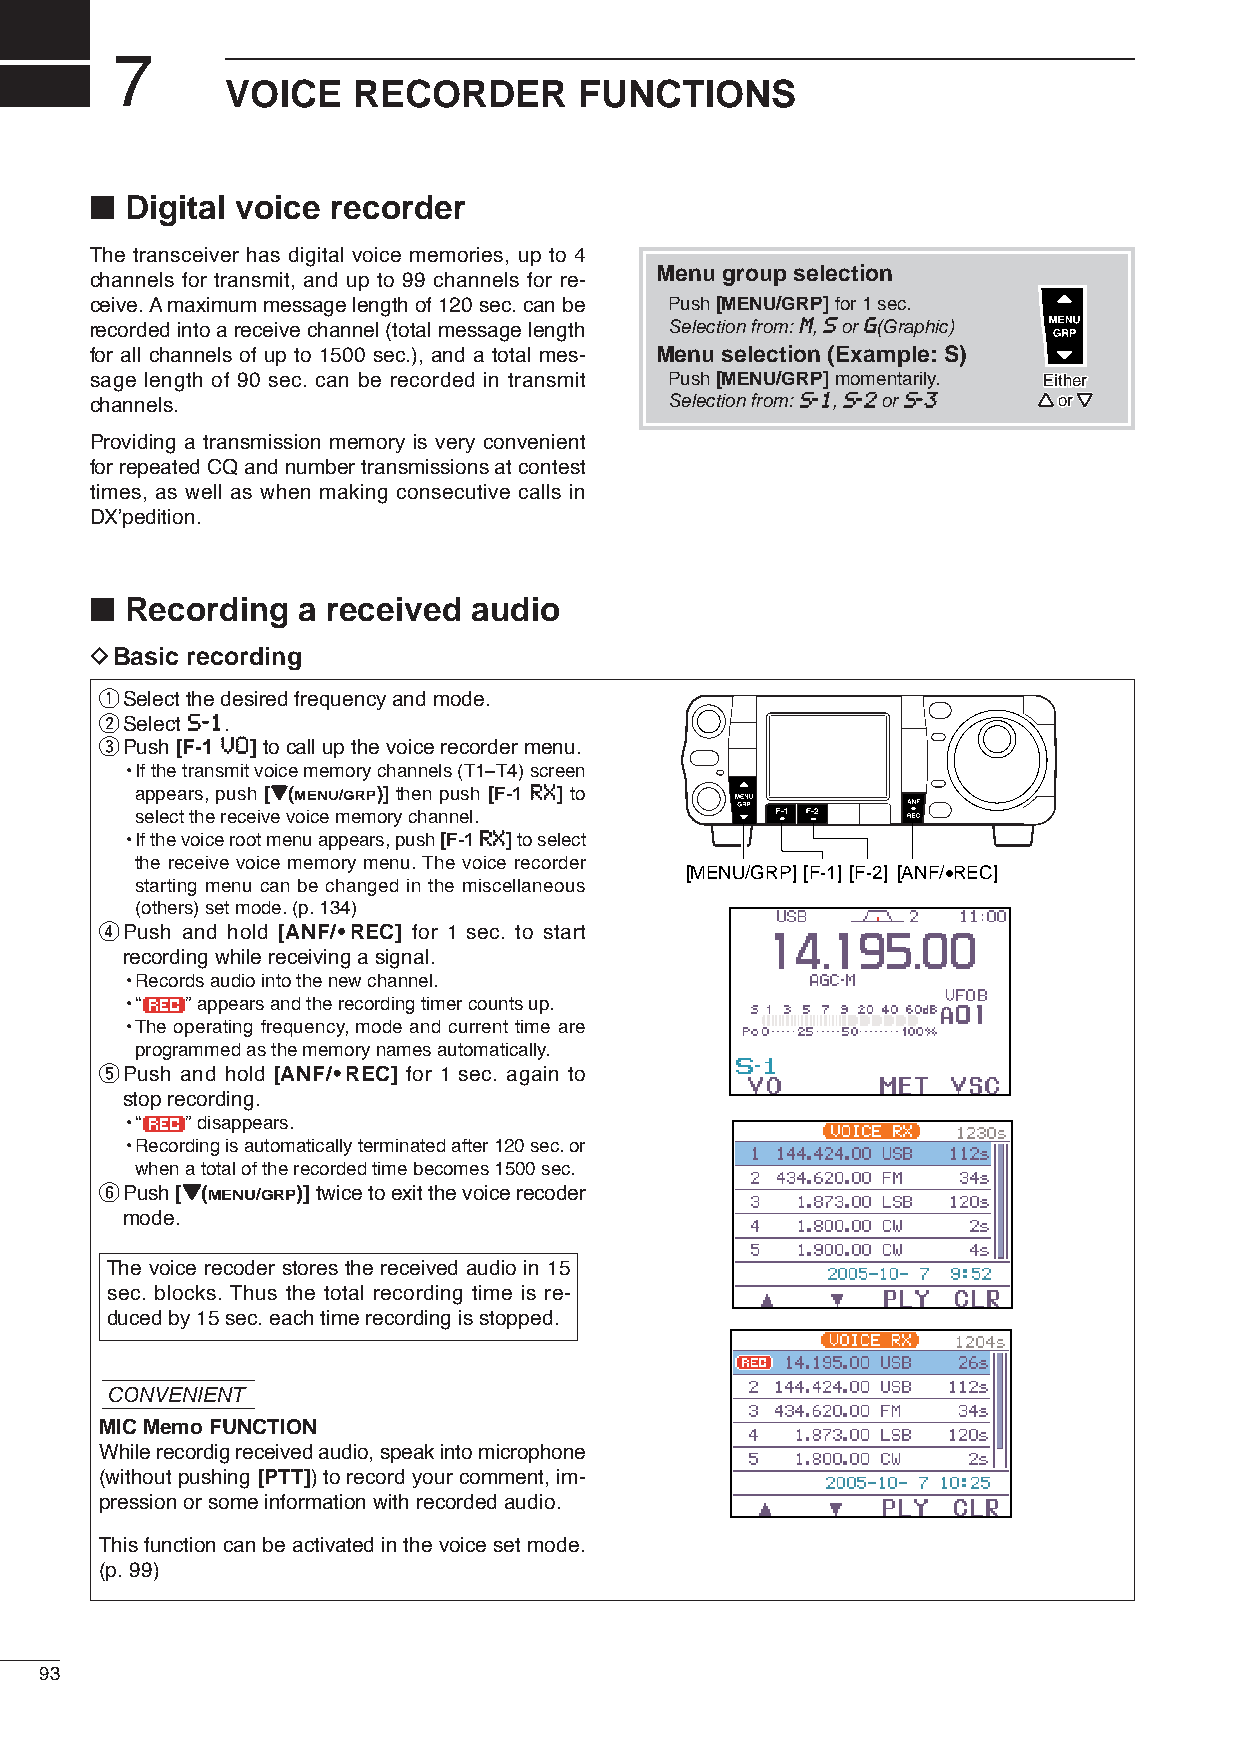
7
 VOICE   RECORDER       FUNCTIONS
 ■
 Digital voice recorder
 The transceiver has digital voice memories, up to 4
 Menu group selection
 channels for transmit, and up to 99 channels for re-
 ceive. Amaximum message length of 120 sec. can be Push [MENU/GRP]for 1 sec.
 recorded into a receive channel (total message length Selection from: MM, SSor GG(Graphic)
 for all channels of up to 1500 sec.), and a total mes- Menu selection (Example: S)
 sage length of 90 sec. can be recorded in transmit Push [MENU/GRP]momentarily. EEiitthheerr
 channels.                             Selection from: SS--11, SS--22or SS--33 YY oorr ZZ
 Providing a transmission memory is very convenient
 for repeated CQ and number transmissions at contest
 times, as well as when making consecutive calls in
 DX’pedition.
 ■
 Recording   a received audio
 DBasic recording
 qSelect the desired frequency and mode.
 wSelect SS--11.
 ePush [F-1 VVOO]to call up the voice recorder menu.
 •If the transmit voice memory channels (T1–T4) screen
 appears, push [ZZ(MENU/GRP)] then push [F-1 RRXX] to
 select the receive voice memory channel.
 •If the voice root menu appears, push [F-1 RRXX]to select
 the receive voice memory menu. The voice recorder [MENU/GRP][F-1] [F-2] [ANF/•REC]
 starting menu can be changed in the miscellaneous
 (others) set mode.(p. 134)
 rPush and hold [ANF/•REC] for 1 sec. to start
 recording while receiving a signal.
 •Records audio into the new channel.
 •“  ”appears and the recording timer counts up.
 •The operating frequency, mode and current time are
 programmed as the memory names automatically.
 tPush and hold [ANF/•REC] for 1 sec. again to
 stop recording.
 •“  ”disappears.
 •Recording is automatically terminated after 120 sec. or
 when a total of the recorded time becomes 1500sec.
 yPush[ZZ(MENU/GRP)]twice to exitthe voice recoder
 mode.
 The voice recoder stores the received audio in 15
 sec. blocks. Thus the total recording time is re-
 duced by 15 sec. each time recording is stopped.
 CONVENIENT
 MIC Memo FUNCTION
 While recordig received audio, speak into microphone
 (without pushing [PTT]) to record your comment, im-
 pression or some information with recorded audio.
 This function can be activated in the voice set mode.
 (p. 99)
 93